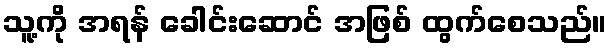
သူ့ကို အရန် ခေါင်းဆောင် အဖြစ် ထွက်စေသည်။